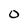
Character: 0